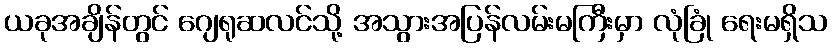
ယခုအချိန်တွင် ဂျေရုဆလင်သို့ အသွားအပြန်လမ်းမကြီးမှာ လုံခြုံ ရေးမရှိသ